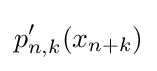
p_{n,k}'(x_{n+k})